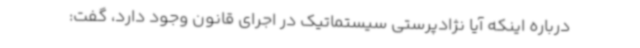
درباره اینکه آیا نژادپرستی سیستماتیک در اجرای قانون وجود دارد، گفت: